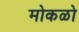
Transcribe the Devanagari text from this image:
मोकळो